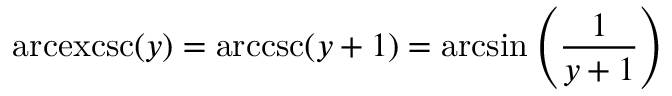
\operatorname { a r c e x c s c } ( y ) = \operatorname { a r c c s c } ( y + 1 ) = \arcsin \left( { \frac { 1 } { y + 1 } } \right)